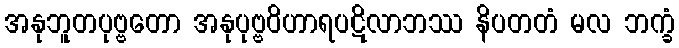
အနုဘူတပုဗ္ဗတော အနုပုဗ္ဗဝိဟာရပဋိလာဘဿ နိပတတံ မလ ဘက္ခံ